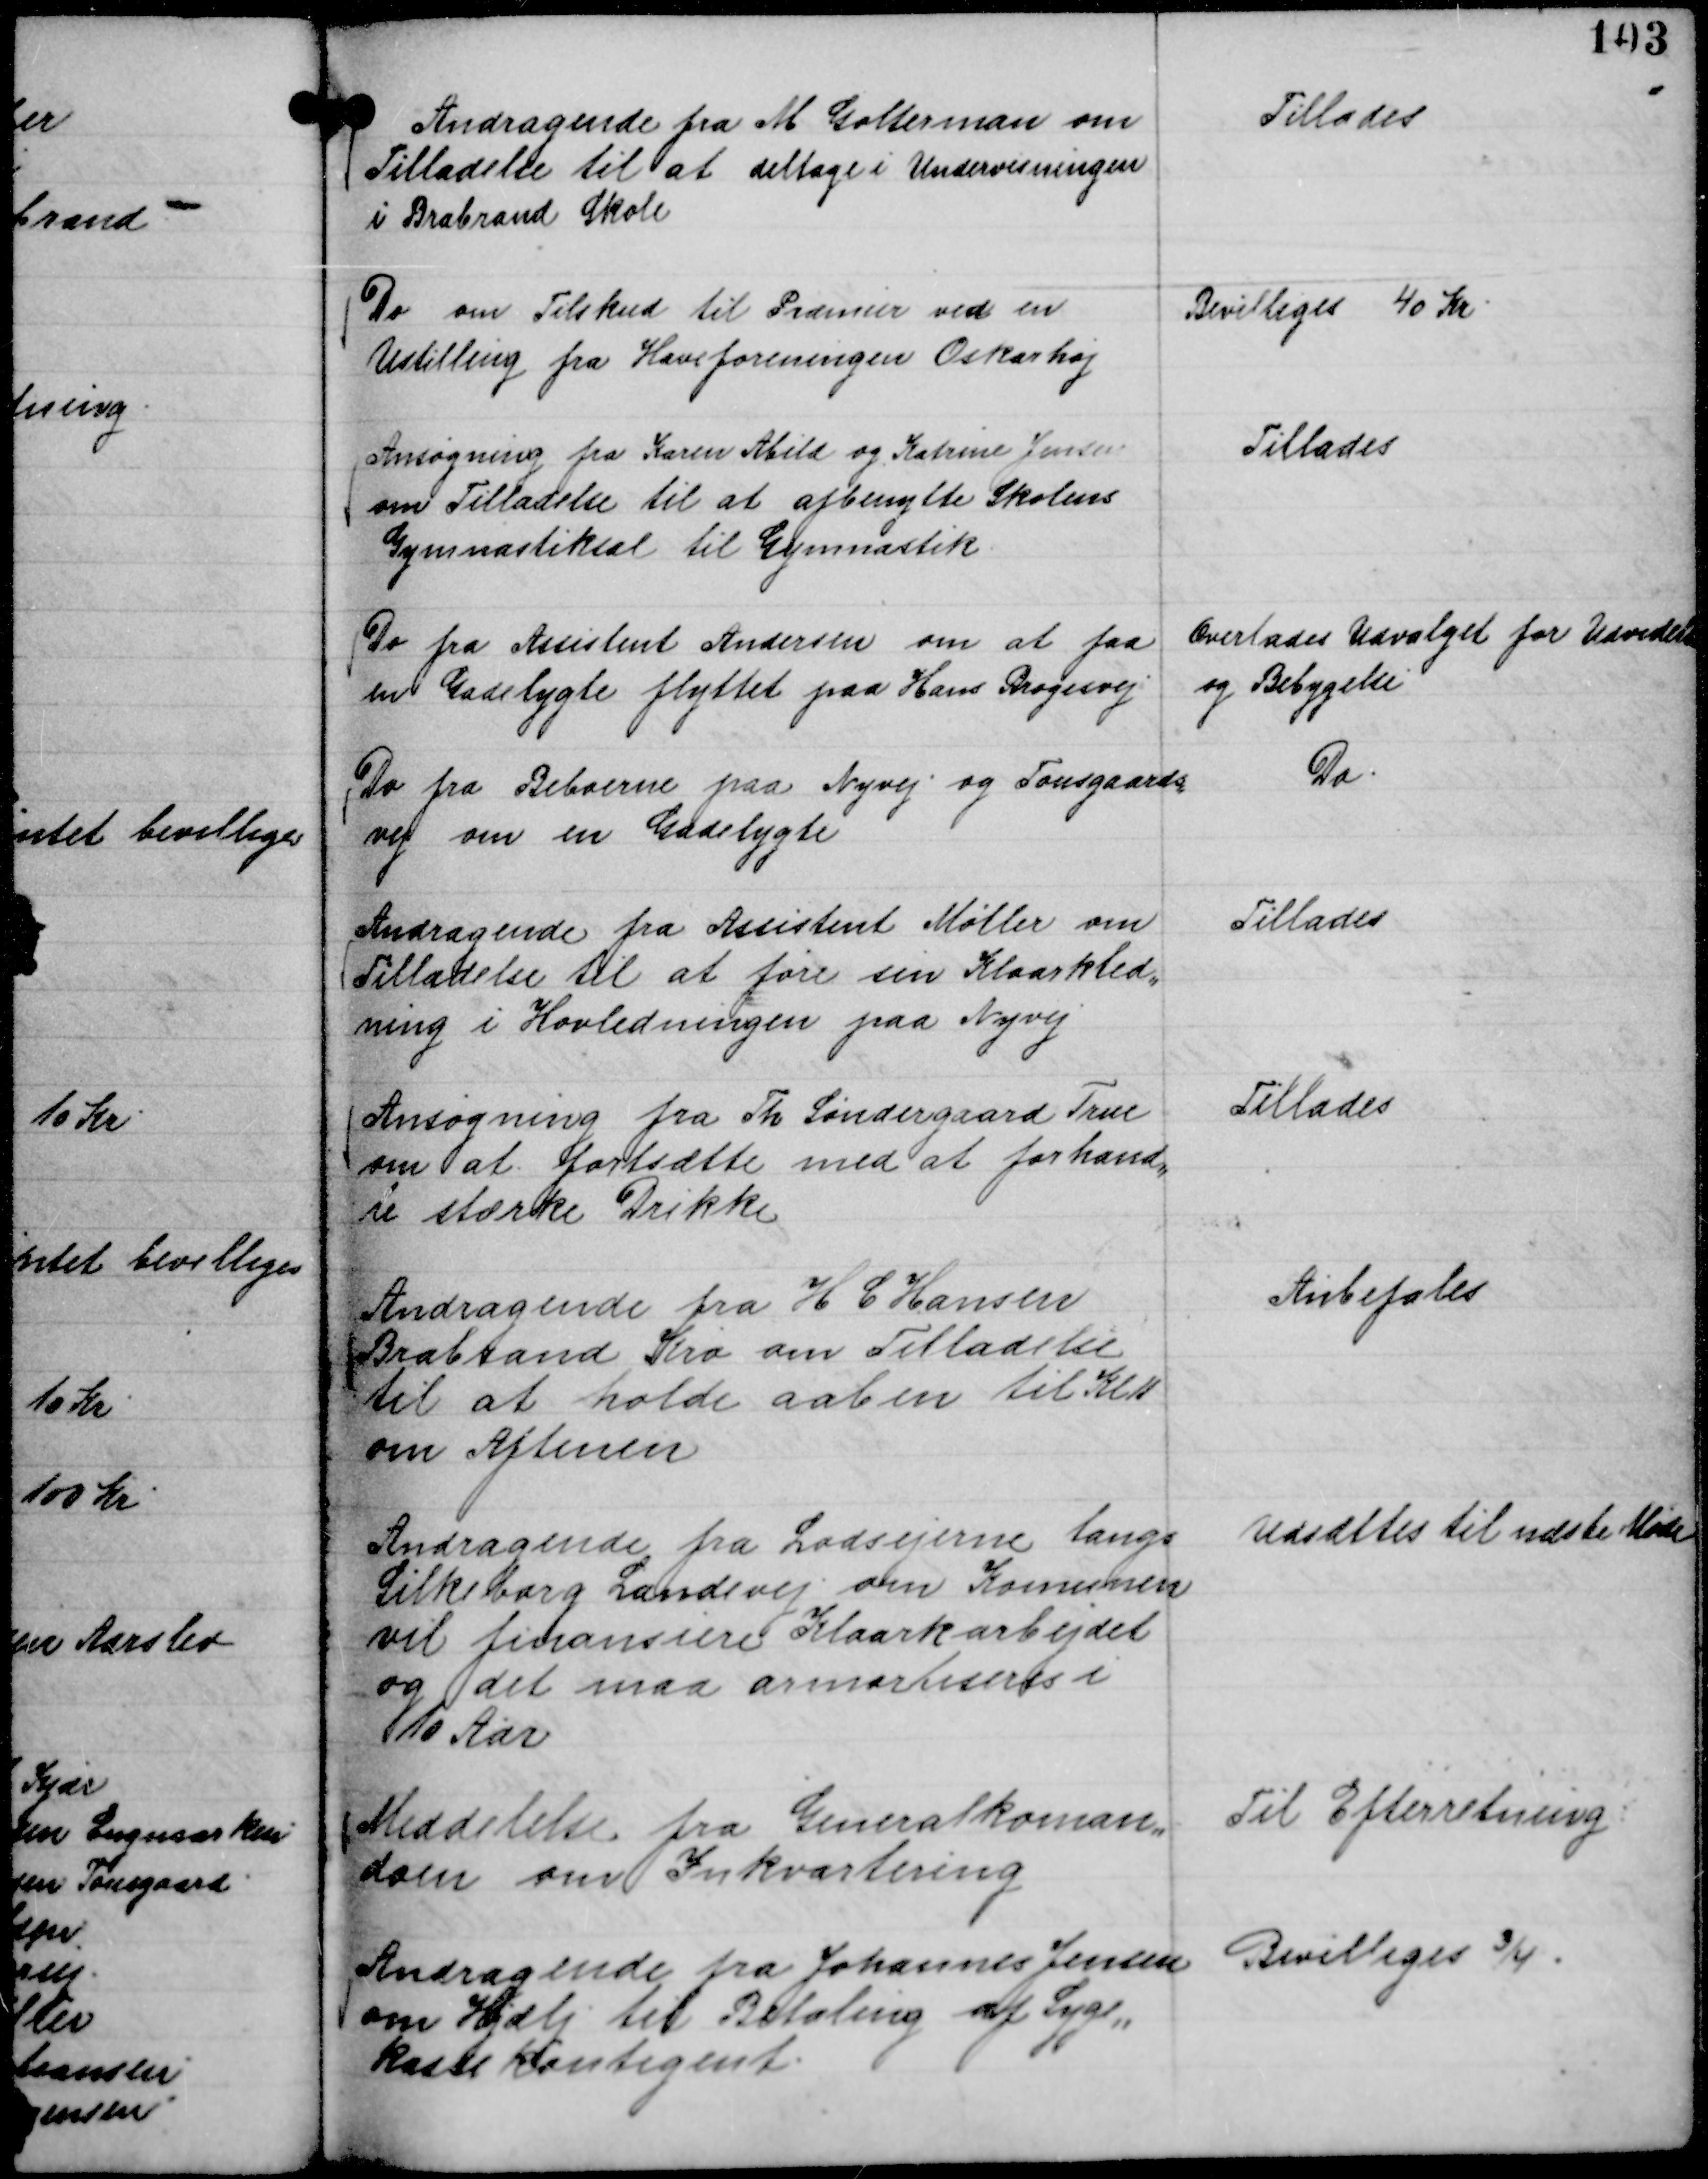
Transskription:
Andragende fra M Golterman om
Tilladelse til at deltage i Undervisningen
i Brabrand Skole

Tillades

Do om Tilskud til Præmier ved en
Udstilling fra Haveforeningen Oskarhøj

Bevilliges 40 Kr.

Ansøgning fra Karen Abild og Katrine Jensen
om Tilladelse til at afbenytte Skolens
Gymnastiksal til Gymnastik.

Tillades

Do fra Assistent Andersen om at faa
en Gadelygte flyttet paa Hans Brogesvej

Overlades Udvalget for Udvidelse
og Bebygelse

Do fra Beboere paa Nyvej og Tousgaards,,
vej om en Gadelygte

Do.

Andragende fra Assistent Møller om
Tilladelse til at føre sin Kloarkled,,
ning i Hovledningen paa Nyvej

Tillades

Ansøgning fra Th Søndergaard True
om at fortsætte med at forhand,,
le stærke Drikke

Tillades

Andragende fra H C Hansen
Brabrand Kro om Tilladelse
til at holde aaben til Kl 11
om Aftenen

Anbefales

Andragende fra Lodsejerne langs
Silkeborg Landevej om Komunen
vil finansiere Kloarkarbejdet
og det maa armartiseres i
10 Aar

Udsættes til næste Møde

Meddelelse fra Generalkoman,,
doen om Inkvartering

Til Efterretning

Andragende fra Johannes Jensen
om Hjælp til Betaling af Syge,,
kassekontigent.

Bevilliges ¾.